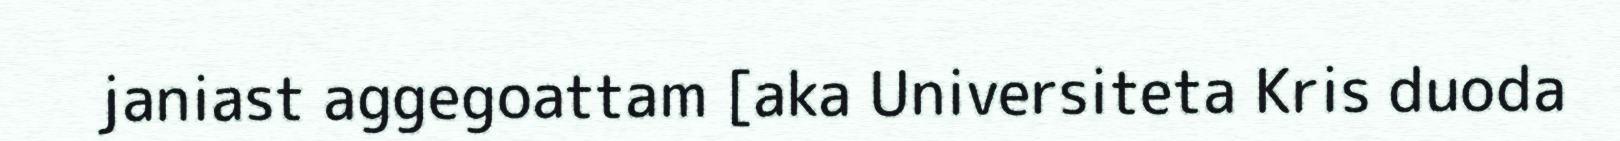
janiast aggegoattam [aka Universiteta Kris duoda